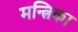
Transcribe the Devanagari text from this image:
मन्त्रिका